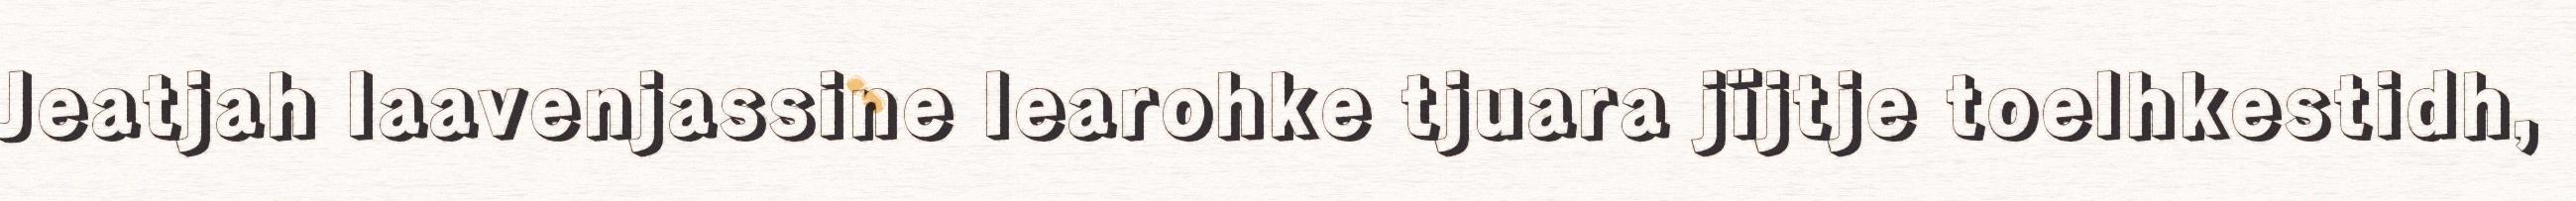
Jeatjah laavenjassine learohke tjuara jïjtje toelhkestidh,